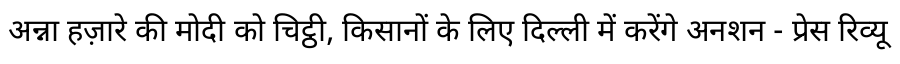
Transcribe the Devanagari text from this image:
अन्ना हज़ारे की मोदी को चिट्ठी, किसानों के लिए दिल्ली में करेंगे अनशन - प्रेस रिव्यू